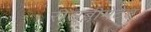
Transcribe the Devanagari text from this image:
रीसब्लीमेटेड